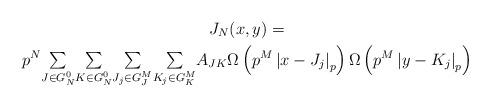
LaTeX: \begin{gather*}J_{N}(x,y)=\\p^{N}{\textstyle\sum\limits_{J\in G_{N}^{0}}}{\textstyle\sum\limits_{K\in G_{N}^{0}}}{\textstyle\sum\limits_{J_{j}\in G_{J}^{M}}}{\textstyle\sum\limits_{K_{j}\in G_{K}^{M}}}A_{JK}\Omega\left( p^{M}\left\vert x-J_{j}\right\vert _{p}\right)\Omega\left( p^{M}\left\vert y-K_{j}\right\vert _{p}\right) \end{gather*}